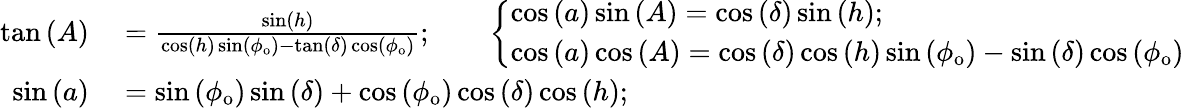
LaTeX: \begin{array}{rl}{\tan\left(A\right)}&{{}={\frac{\sin\left(h\right)}{\cos\left(h\right)\sin\left(\phi_{\mathrm{o}}\right)-\tan\left(\delta\right)\cos\left(\phi_{\mathrm{o}}\right)}};\qquad{\left\{ \begin{array}{ll}{\cos\left(a\right)\sin\left(A\right)=\cos\left(\delta\right)\sin\left(h\right);}\\ {\cos\left(a\right)\cos\left(A\right)=\cos\left(\delta\right)\cos\left(h\right)\sin\left(\phi_{\mathrm{o}}\right)-\sin\left(\delta\right)\cos\left(\phi_{\mathrm{o}}\right)}\end{array}\right.}}\\ {\sin\left(a\right)}&{{}=\sin\left(\phi_{\mathrm{o}}\right)\sin\left(\delta\right)+\cos\left(\phi_{\mathrm{o}}\right)\cos\left(\delta\right)\cos\left(h\right);}\end{array}